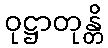
ဝုဋ္ဌာတုန္တိ